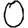
Digit: 0